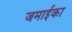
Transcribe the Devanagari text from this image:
जमाईका